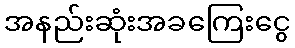
အနည်းဆုံးအခကြေးငွေ